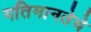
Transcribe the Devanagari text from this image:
गतिमानतेचे